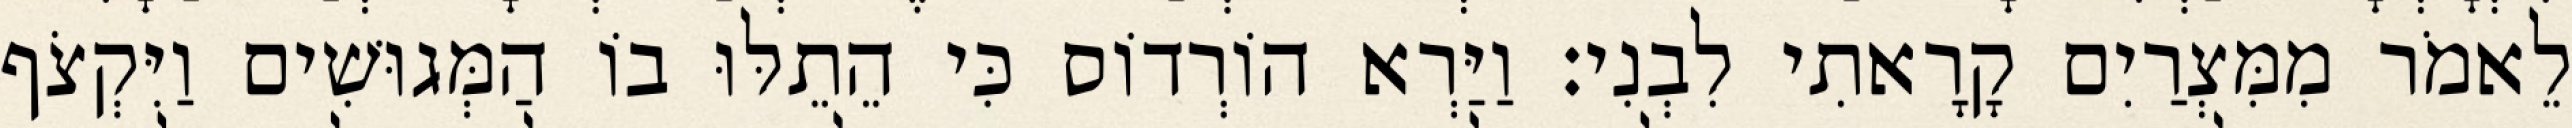
לֵאמֹר מִמִּצְרַיִם קָרָאתִי לִבְנִי׃ וַיַּרְא הוֹרְדוֹס כִּי הֵתֵלּוּ בוֹ הַמְּגוּשִׁים וַיִּקְצֹף